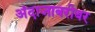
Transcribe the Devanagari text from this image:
अंदाजाबरोबर